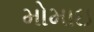
મોમાઇ